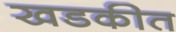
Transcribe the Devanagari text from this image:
खडकीत